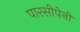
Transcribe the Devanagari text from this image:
पारसीपेनी